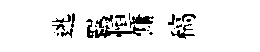
逃羈恒傭稿